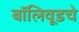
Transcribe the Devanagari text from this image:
बॉलिवूडचे